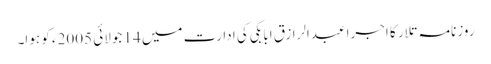
روزنامہ تلار کا اجرا عبدالرازق ابابکی کی ادارت میں 14 جولائی 2005ء کو ہوا۔